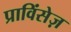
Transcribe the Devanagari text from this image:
प्राविंसेज़